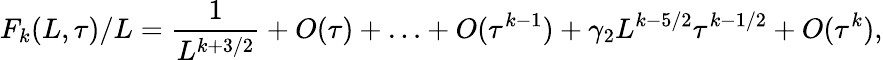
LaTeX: F_{k}(L,\tau)/L={\frac{1}{L^{k+3/2}}}+O(\tau)+\ldots+O(\tau^{k-1})+\gamma_{2}L^{k-5/2}\tau^{k-1/2}+O(\tau^{k}),